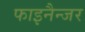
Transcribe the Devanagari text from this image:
फाइनैन्जर